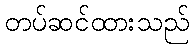
တပ်ဆင်ထားသည်